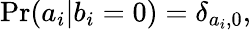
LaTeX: \mathrm{Pr}(a_{i}|b_{i}=0)=\delta_{a_{i},0},